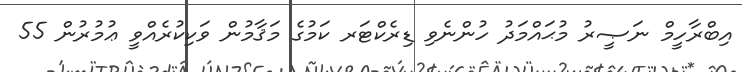
އިބްރާހީމް ނަޞީރު މުޙައްމަދު ހުންނެވި ޑިރެކްޓަރ ކަމުގެ މަޤާމުން ވަކިކުރެއްވީ ޢުމުރުން 55